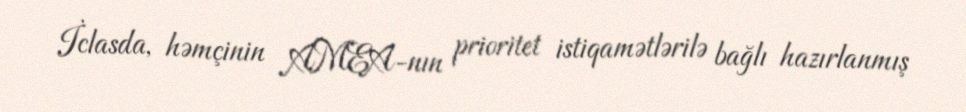
İclasda, həmçinin AMEA-nın prioritet istiqamətlərilə bağlı hazırlanmış